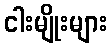
ငါးမျိုးများ